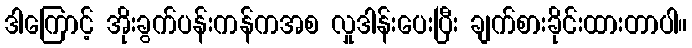
ဒါကြောင့် အိုးခွက်ပန်းကန်ကအစ လှုဒါန်းပေးပြီး ချက်စားခိုင်းထားတာပါ။